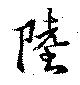
陸